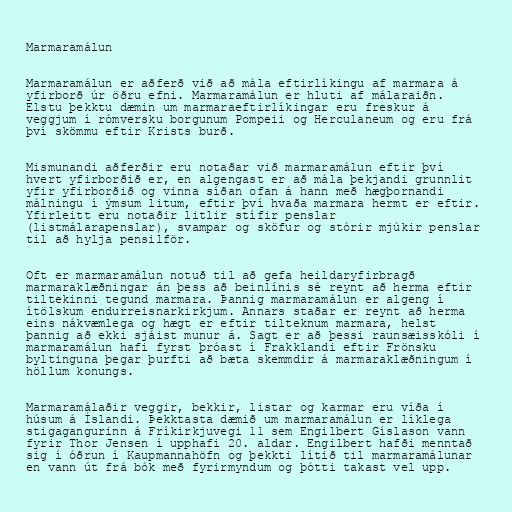
Marmaramálun

Marmaramálun er aðferð við að mála eftirlíkingu af marmara á
yfirborð úr öðru efni. Marmaramálun er hluti af málaraiðn.
Elstu þekktu dæmin um marmaraeftirlíkingar eru freskur á
veggjum í rómversku borgunum Pompeii og Herculaneum og eru frá
því skömmu eftir Krists burð.

Mismunandi aðferðir eru notaðar við marmaramálun eftir því
hvert yfirborðið er, en algengast er að mála þekjandi grunnlit
yfir yfirborðið og vinna síðan ofan á hann með hægþornandi
málningu í ýmsum litum, eftir því hvaða marmara hermt er eftir.
Yfirleitt eru notaðir litlir stífir penslar
(listmálarapenslar), svampar og sköfur og stórir mjúkir penslar
til að hylja pensilför.

Oft er marmaramálun notuð til að gefa heildaryfirbragð
marmaraklæðningar án þess að beinlínis sé reynt að herma eftir
tiltekinni tegund marmara. Þannig marmaramálun er algeng í
ítölskum endurreisnarkirkjum. Annars staðar er reynt að herma
eins nákvæmlega og hægt er eftir tilteknum marmara, helst
þannig að ekki sjáist munur á. Sagt er að þessi raunsæisskóli í
marmaramálun hafi fyrst þróast í Frakklandi eftir Frönsku
byltinguna þegar þurfti að bæta skemmdir á marmaraklæðningum í
höllum konungs.

Marmaramálaðir veggir, bekkir, listar og karmar eru víða í
húsum á Íslandi. Þekktasta dæmið um marmaramálun er líklega
stigagangurinn á Fríkirkjuvegi 11 sem Engilbert Gíslason vann
fyrir Thor Jensen í upphafi 20. aldar. Engilbert hafði menntað
sig í óðrun í Kaupmannahöfn og þekkti lítið til marmaramálunar
en vann út frá bók með fyrirmyndum og þótti takast vel upp.